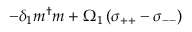
- \delta _ { 1 } m ^ { \dag } m + \Omega _ { 1 } \left( \sigma _ { + + } - \sigma _ { -- } \right)